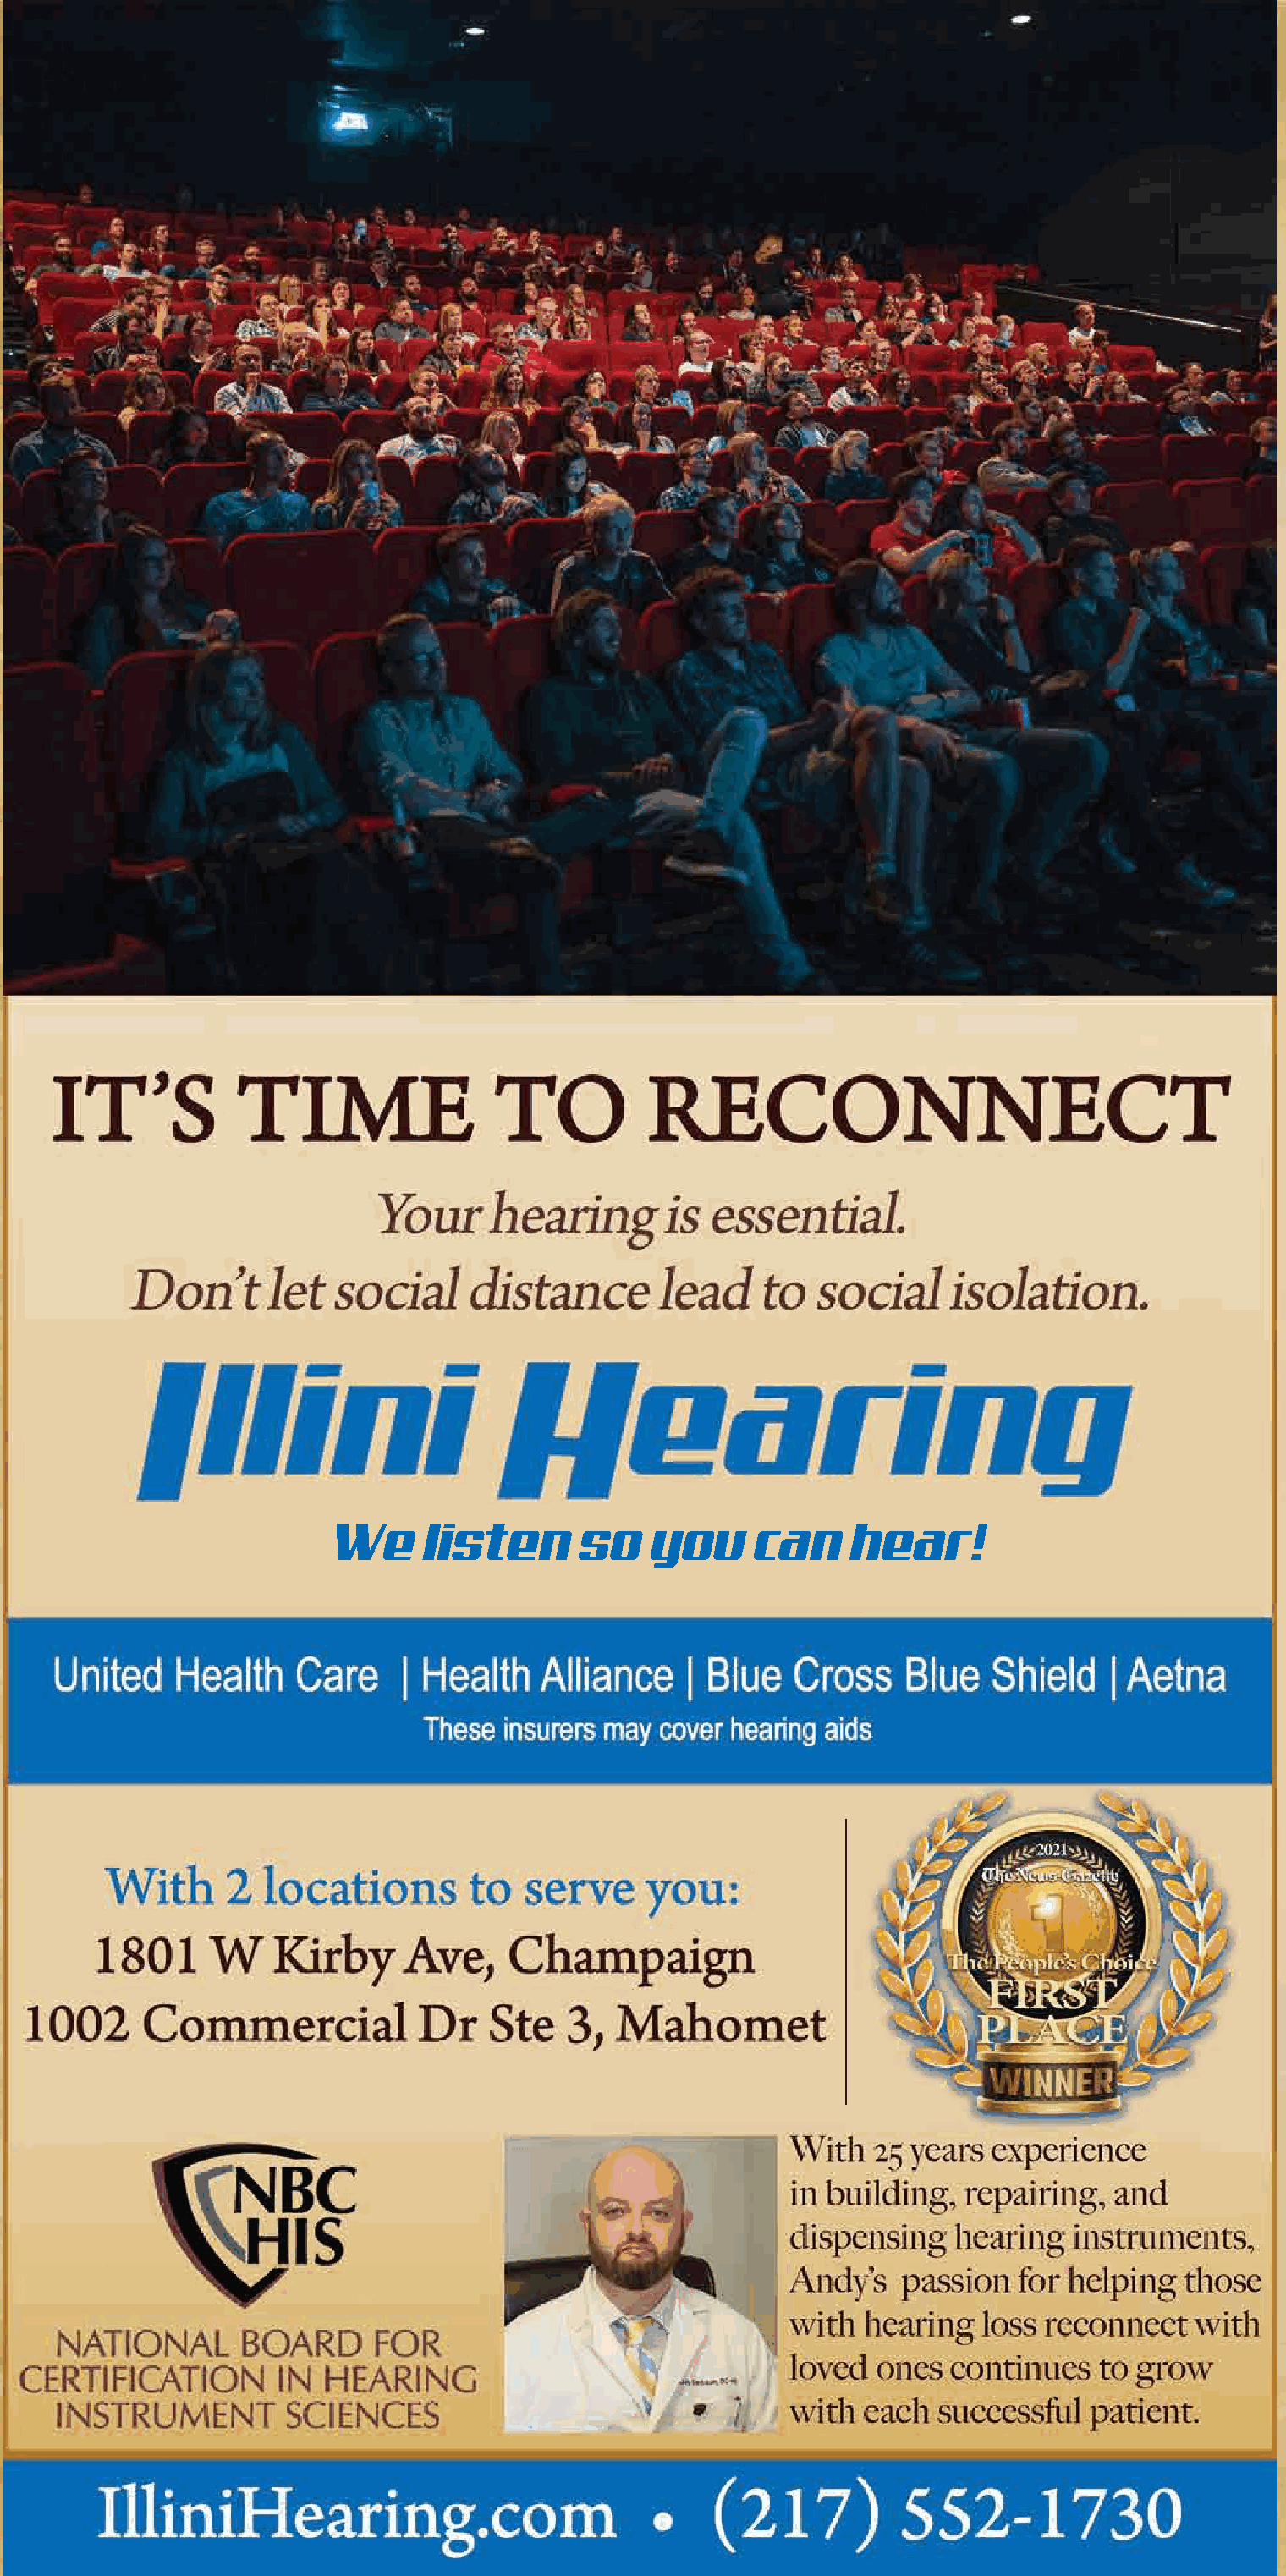
We     listen      so    you     can     hear!